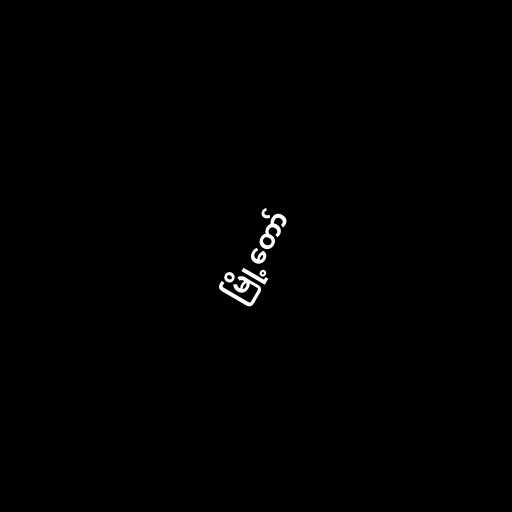
မြို့တော်